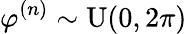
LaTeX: \varphi^{(n)}\sim\mathrm{U}(0,2\pi)